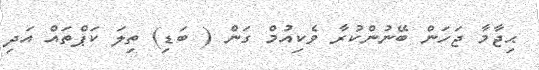
ޙިޖާމާ ޖަހަން ބޭނުންކުރާ ވެކިއުމް ގަން ( ބަޑި) ތިލަ ކަޕްތައް އަދި